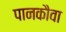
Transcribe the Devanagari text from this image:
पानकौवा